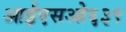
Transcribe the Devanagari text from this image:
आईएसओ६३९